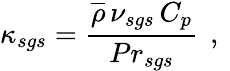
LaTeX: \kappa_{sgs}=\frac{\overline{{\rho}}\, \nu_{sgs}\, C_{p}}{{Pr}_{sgs}}\, \mathrm{~,~}